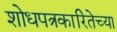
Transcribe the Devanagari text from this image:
शोधपत्रकारितेच्या